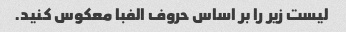
لیست زیر را بر اساس حروف الفبا معکوس کنید.